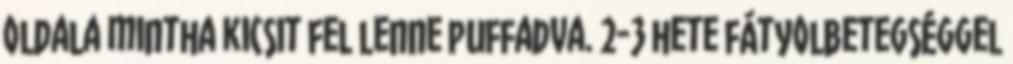
oldala mintha kicsit fel lenne puffadva. 2-3 hete fátyolbetegséggel